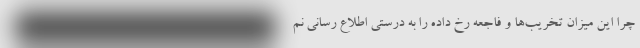
چرا این میزان تخریب‌ها و فاجعه رخ داده را به درستی اطلاع رسانی نم